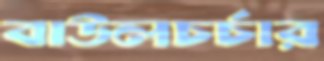
বাউলচর্চার